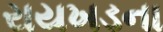
રાયખડના